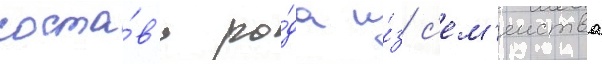
соста́в'е ро́да и́з с'ем'еиства